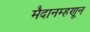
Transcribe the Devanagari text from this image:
मैदानम्हणून